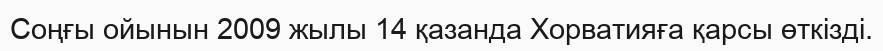
Соңғы ойынын 2009 жылы 14 қазанда Хорватияға қарсы өткізді.